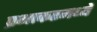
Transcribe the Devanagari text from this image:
प्रभाकरमध्ये